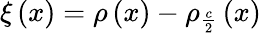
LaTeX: \xi\left(x\right)=\rho\left(x\right)-\rho_{\frac{c}{2}}\left(x\right)